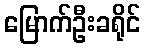
မြောက်ဦးခရိုင်